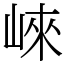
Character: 崍